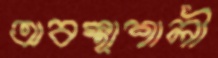
অবস্থাশালী